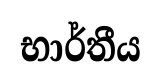
භාර්තීය